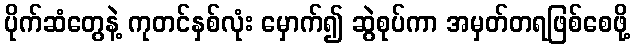
ပိုက်ဆံတွေနဲ့ ကုတင်နှစ်လုံး မှောက်၍ ဆွဲစုပ်ကာ အမှတ်တရဖြစ်စေဖို့